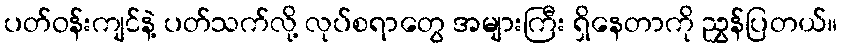
ပတ်ဝန်းကျင်နဲ့ ပတ်သက်လို့ လုပ်စရာတွေ အများကြီး ရှိနေတာကို ညွှန်ပြတယ်။